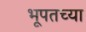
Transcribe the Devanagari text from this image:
भूपतच्या